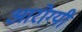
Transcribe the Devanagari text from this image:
आरोग्यी